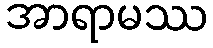
အာရာမဿ